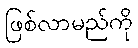
ဖြစ်လာမည်ကို